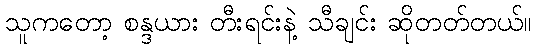
သူကတော့ စန္ဒယား တီးရင်းနဲ့ သီချင်း ဆိုတတ်တယ်။